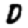
Digit: 0